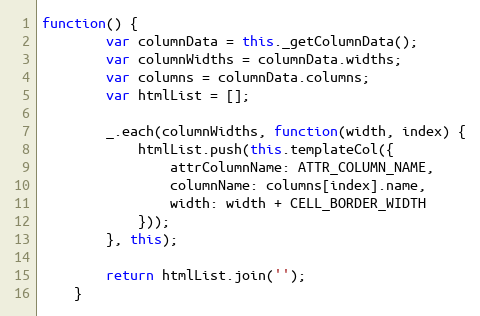
Language: JavaScript
function() {
        var columnData = this._getColumnData();
        var columnWidths = columnData.widths;
        var columns = columnData.columns;
        var htmlList = [];

        _.each(columnWidths, function(width, index) {
            htmlList.push(this.templateCol({
                attrColumnName: ATTR_COLUMN_NAME,
                columnName: columns[index].name,
                width: width + CELL_BORDER_WIDTH
            }));
        }, this);

        return htmlList.join('');
    }